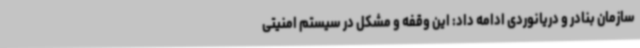
سازمان بنادر و دریانوردی ادامه داد: این وقفه و مشکل در سیستم امنیتی